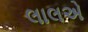
લાલએ